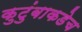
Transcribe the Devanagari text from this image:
कुटुंबाकडेच